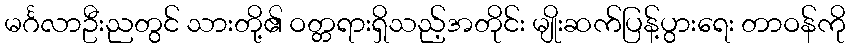
မင်္ဂလာဦးညတွင် သားတို့၏ ဝတ္တရားရှိသည့်အတိုင်း မျိုးဆက်ပြန့်ပွားရေး တာဝန်ကို